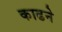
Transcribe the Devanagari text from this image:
काढने